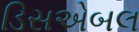
ડિસએબલ